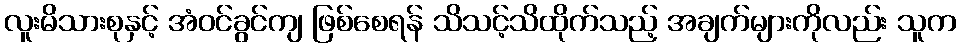
လူးမိသားစုနှင့် အံဝင်ခွင်ကျ ဖြစ်စေရန် သိသင့်သိထိုက်သည့် အချက်များကိုလည်း သူက